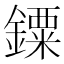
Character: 䥔